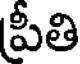
పీతి